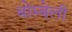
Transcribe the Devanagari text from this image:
बोम्बेली